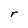
Character: r